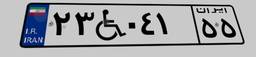
۲۳W۰۴۱۵۵